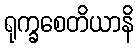
ရုက္ခစေတိယာနိ